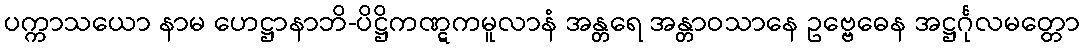
ပက္ကာသယော နာမ ဟေဋ္ဌာနာဘိ-ပိဋ္ဌိကဏ္ဋကမူလာနံ အန္တရေ အန္တာဝသာနေ ဥဗ္ဗေဓေန အဋ္ဌင်္ဂုလမတ္တော